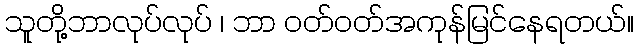
သူတို့ဘာလုပ်လုပ် ၊ ဘာ ဝတ်ဝတ်အကုန်မြင်နေရတယ်။